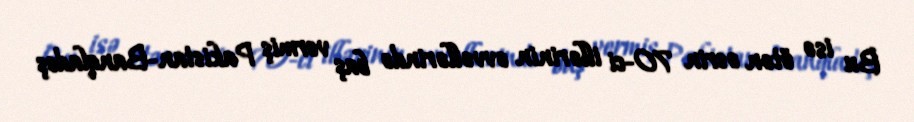
Bu isə ötən əsrin 70-ci illərinin əvvəllərində baş vermiş Pakistan-Banqladeş